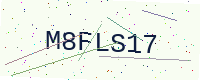
Text: M8FLS17